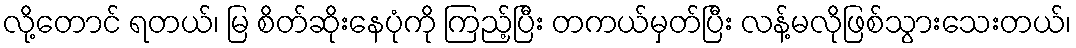
လို့တောင် ရတယ်၊ မြ စိတ်ဆိုးနေပုံကို ကြည့်ပြီး တကယ်မှတ်ပြီး လန့်မလိုဖြစ်သွားသေးတယ်၊